Scottish Leaving Certificate Examination, 1955
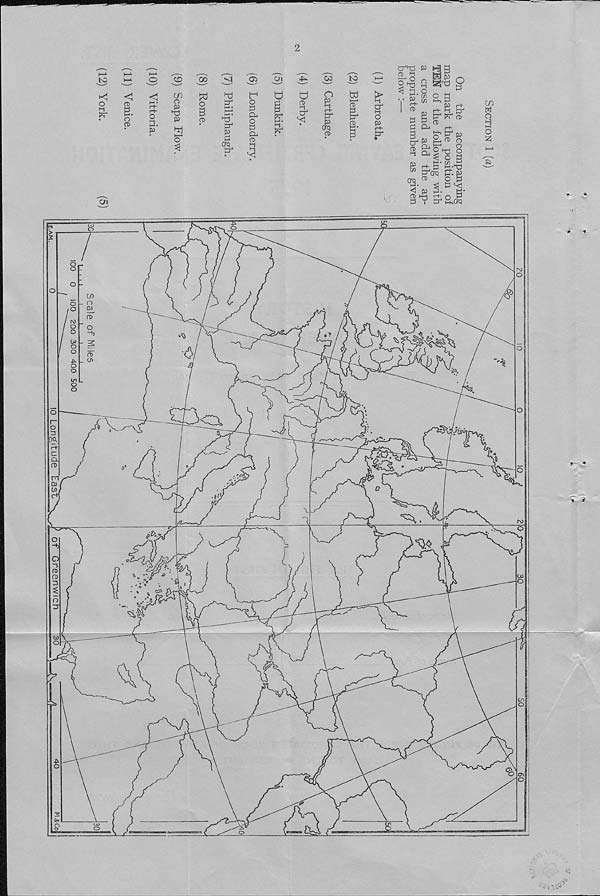
kJ
o
<
0>
3 h-»*
o
ct>
<1
o
p
s
w
o
p
p
-5S
o
B
CD
tr*
H-* •
G>
O
3
o
3
Pu
CD g H
'C
o\
U
3
3
?r
»-*•
iP-
O
CD
H
O’*
^05
o
§-
r
crp
CD
3
o'
3
p?
Ol
cd g
ft . . 03
1 ^
I CD
3
3
B
C7*
CD
P W
1-
CD
U
P H3
^ ra p
° SZ533 O
3
i-t
cn O 3
C/3 l-h P
P r+
«, r+ l-i d 1
B P 4 1^ CD
3 CD H-
P 3-* CD o
Pj 3"“ P
S 2 "3 2
cn
w
o
H hH
o
iz;
Hforq
CD
P P* K*
O,
TA
Ql
^53
-+)
o
3
o
.- i